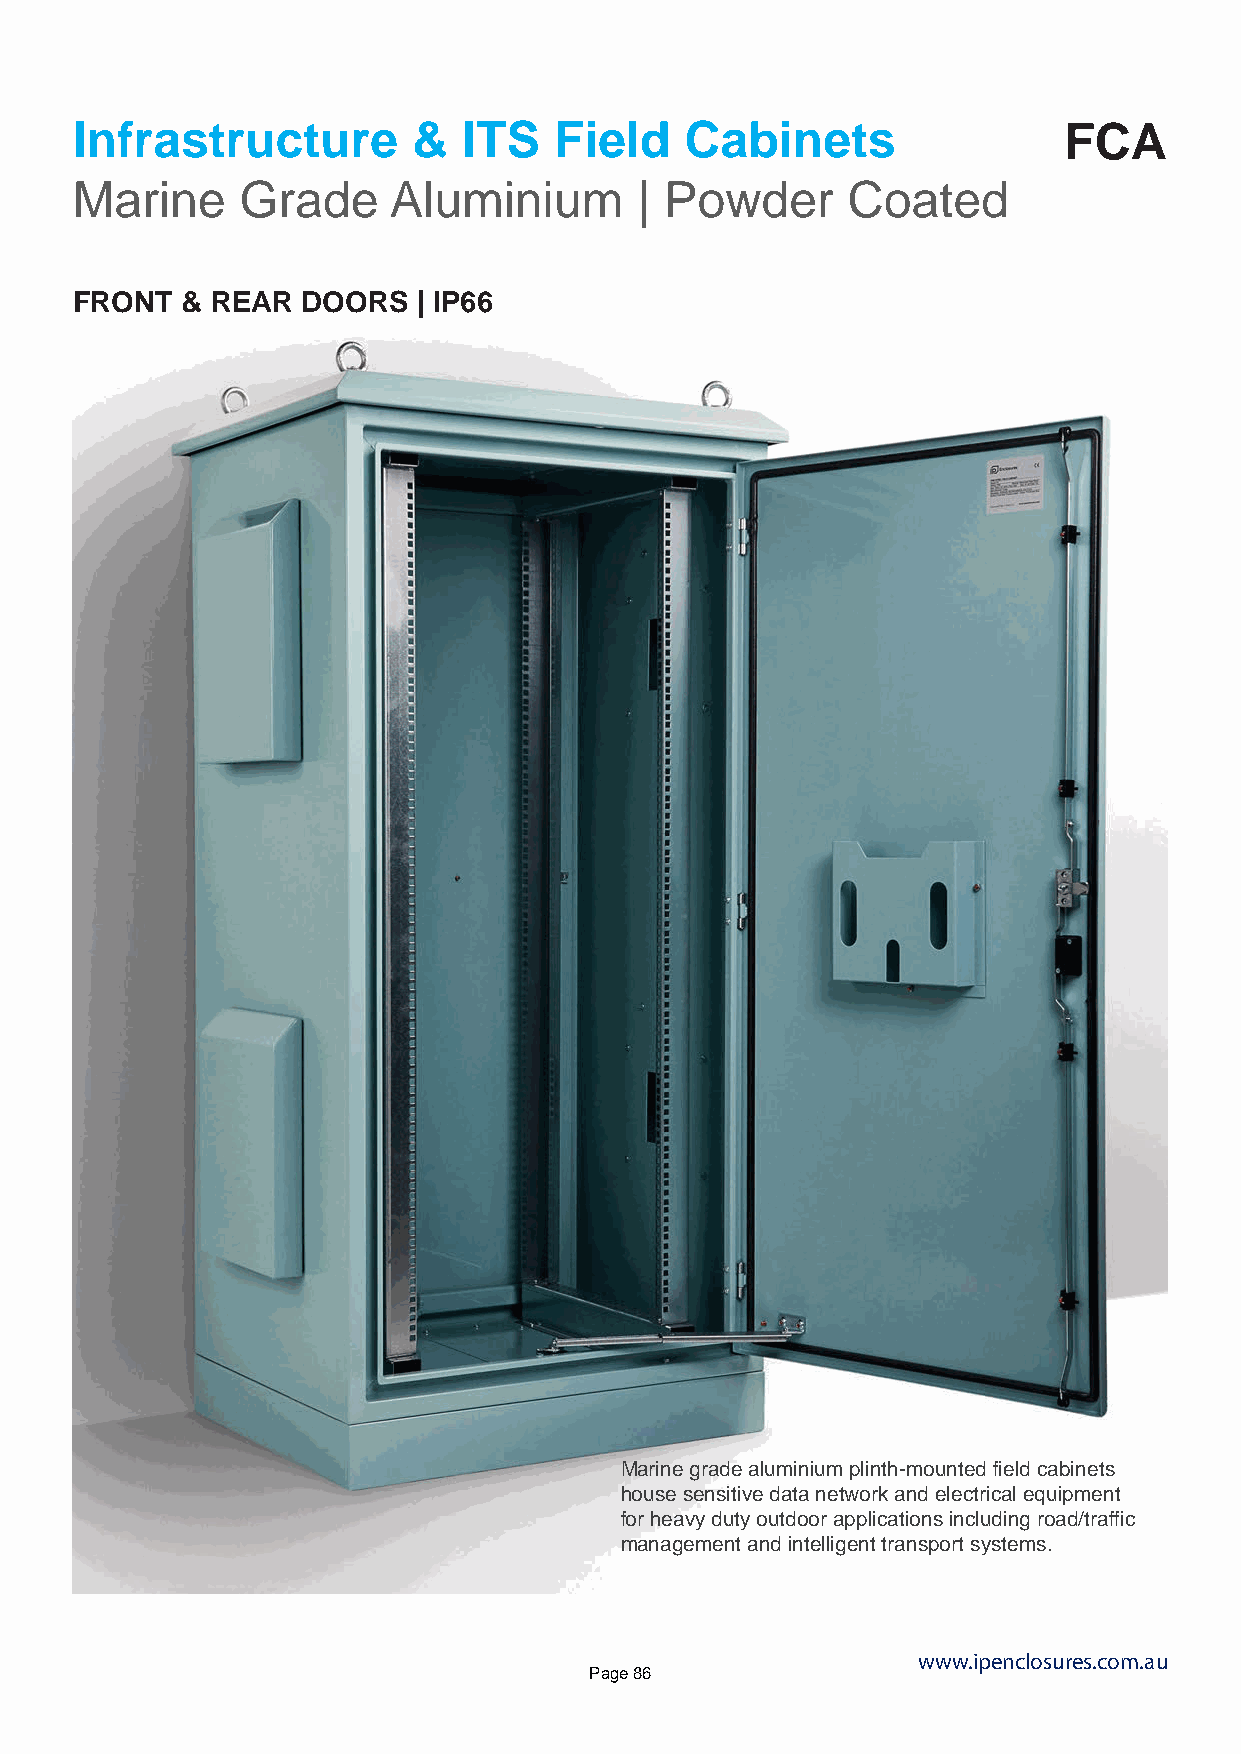
Infrastructure        &   ITS   Field   Cabinets                 FCA
 Marine     Grade     Aluminium       | Powder      Coated
 FRONT  & REAR  DOORS   | IP66
 Marine grade aluminium plinth-mounted field cabinets
 house sensitive data network and electrical equipment
 for heavy duty outdoor applications including road/traffic
 management and intelligent transport systems.
 www.ipenclosures.com.au
 Page 86